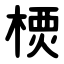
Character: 樮